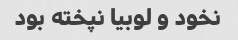
نخود و لوبیا نپخته بود